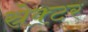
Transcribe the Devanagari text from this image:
स्रेक्टर